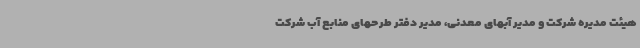
هیئت مدیره شرکت و مدیر آبهای معدنی، مدیر دفتر طرحهای منابع آب شرکت